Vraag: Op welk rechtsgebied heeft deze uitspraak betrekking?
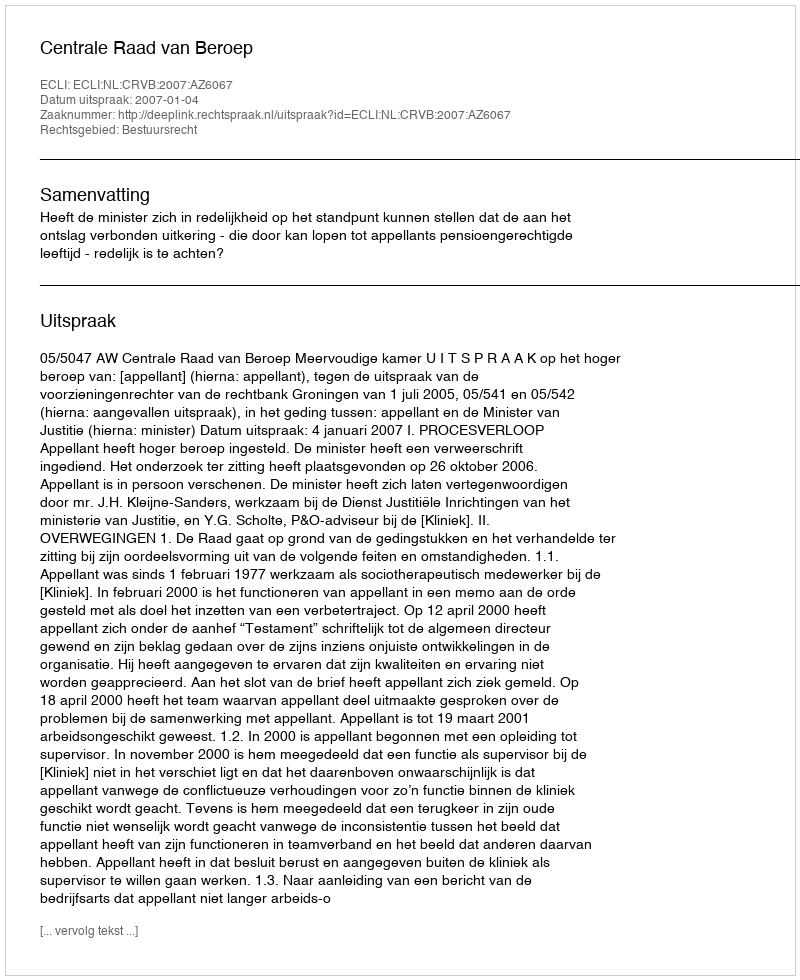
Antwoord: Bestuursrecht